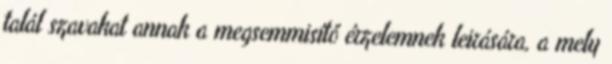
talál szavakat annak a megsemmisítő érzelemnek leirására, a mely